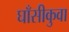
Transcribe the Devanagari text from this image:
घाँसीकुवा